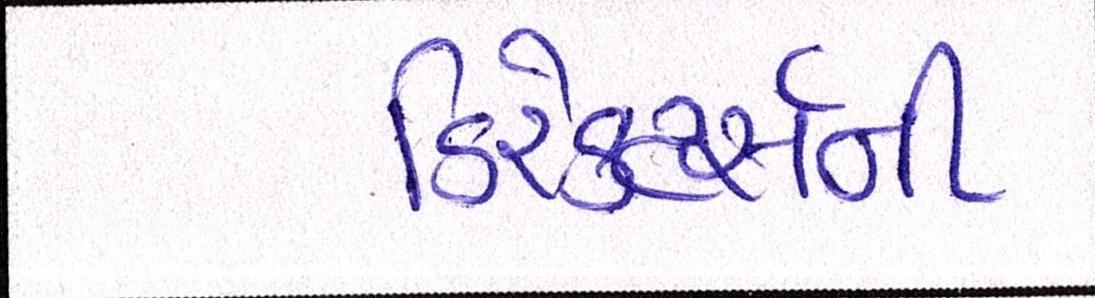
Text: ડિરેક્ટર્સની